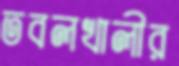
তবলখালীর